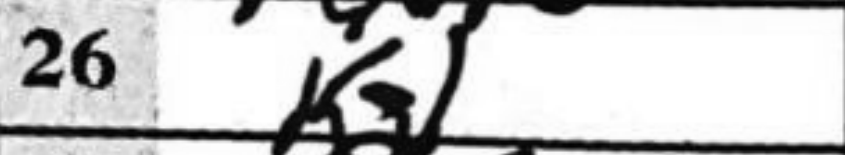
Transcription: Kg1